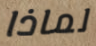
لماذا